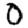
Digit: 0